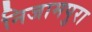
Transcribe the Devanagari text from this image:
निजामपुरा